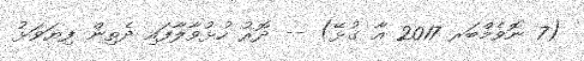
(7 ނޮވެމްބަރ 2017 އާ ގުޅޭ) -- ދޮރު ހުޅުވާލާފައި ދެތިން ފިޔަވަޅު